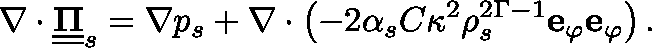
\nabla \cdot \underline { { \underline { { \mathbf { \Pi } } } } } _ { s } = \nabla p _ { s } + \nabla \cdot \left( - 2 \alpha _ { s } C \kappa ^ { 2 } \rho _ { s } ^ { 2 \Gamma - 1 } \mathbf { e } _ { \varphi } \mathbf { e } _ { \varphi } \right) .